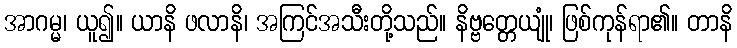
အာဂမ္မ၊ ယူ၍။ ယာနိ ဖလာနိ၊ အကြင်အသီးတို့သည်။ နိဗ္ဗတ္တေယျုံ၊ ဖြစ်ကုန်ရာ၏။ တာနိ